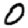
Digit: 0